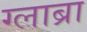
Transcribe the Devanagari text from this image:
ग्लाब्रा